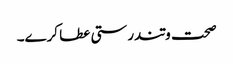
صحت وتندرستی عطا کرے۔